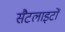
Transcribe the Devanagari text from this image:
सैटलाइटों